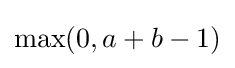
\max(0,a+b-1)